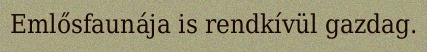
Emlősfaunája is rendkívül gazdag.